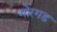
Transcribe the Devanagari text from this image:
मोरगड